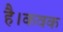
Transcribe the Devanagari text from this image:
है।कवक